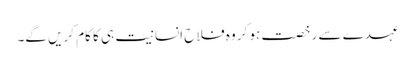
عہدے سے رخصت ہو کر وہ فلاحِ انسانیت ہی کا کام کریں گے۔